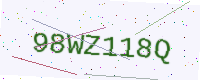
Text: 98WZ118Q